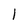
Character: 1